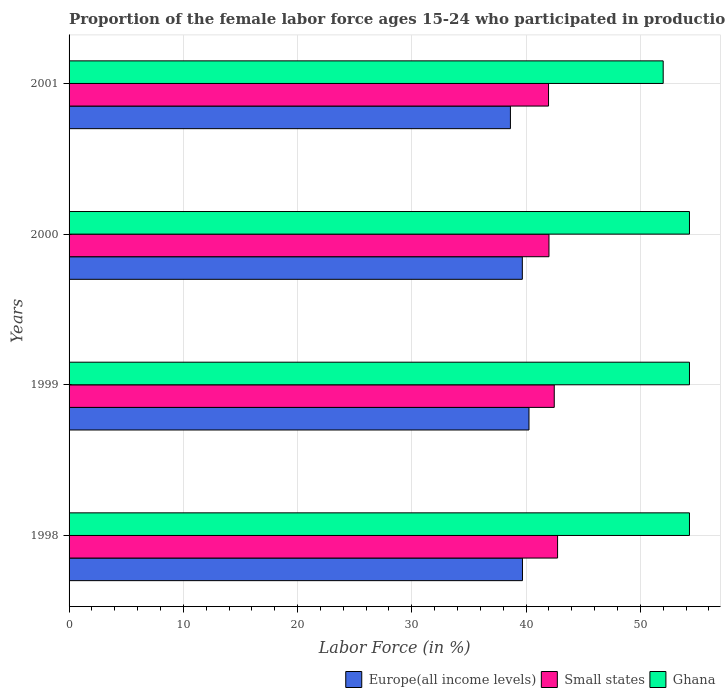
| Years | Europe(all income levels) | Small states | Ghana |
 | --- | --- | --- | --- |
 | 1998 | 39.7 | 42.8 | 54.3 |
 | 1999 | 40.3 | 42.5 | 54.3 |
 | 2000 | 39.7 | 42 | 54.3 |
 | 2001 | 38.6 | 42 | 52 |